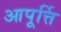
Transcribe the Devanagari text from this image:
आपूर्त्ति